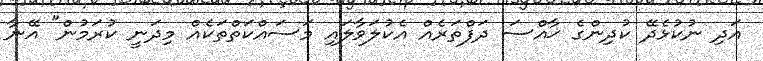
އަދި ނުކުޅެދޭ ކުދިންގެ ޚާއްސަ ދަފްތަރެއް އެކުލަވާލައި މަސައްކަތްތަކެއް މިދަނީ ކުރަމުން" އޭނާ